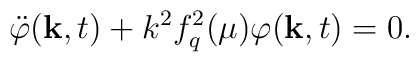
\ddot \varphi (\hbox {\bf k},t)+k^{2}f_{q}^{2}(\mu )\varphi (\hbox {\bf k},t)=0.